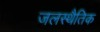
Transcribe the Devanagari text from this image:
जलस्थैतिक